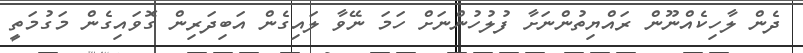
ދެން ލާހިކެއްނޫން ރައްޔިތުންނަށާ ފުލުހުންނަށް ހަމަ ނޭވާ ލައިގެން އަބިދަރިން ގޮވައިގެން މަގުމަތީ